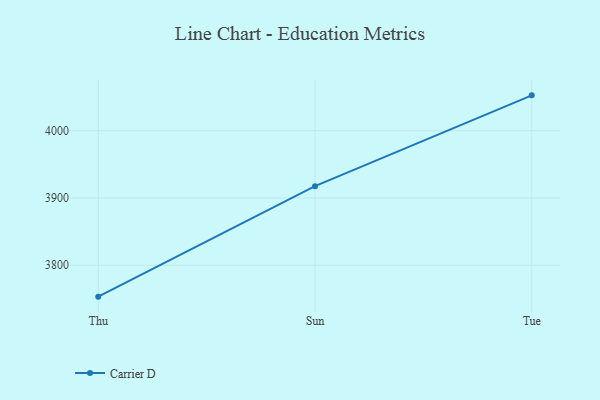
{"axis": {"x": "Day", "y": "Temperature (°C)"}, "legend": ["Carrier D"], "data": [{"x": "Thu", "y": 3753.3, "type": "Carrier D"}, {"x": "Sun", "y": 3917.5, "type": "Carrier D"}, {"x": "Tue", "y": 4052.4, "type": "Carrier D"}]}